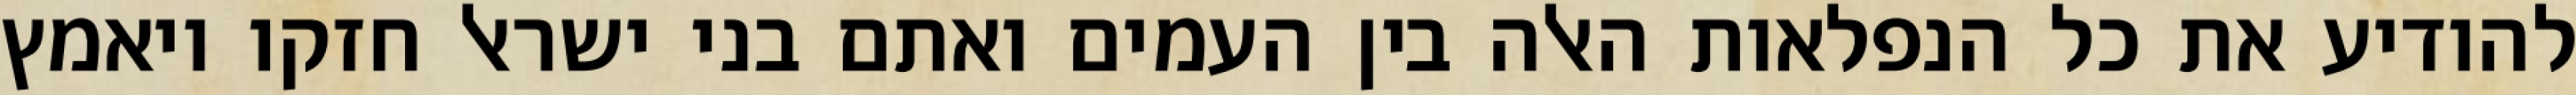
להודיע את כל הנפלאות האלה בין העמים ואתם בני ישראל חזקו ויאמץ